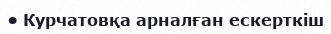
• Курчатовқа арналған ескерткіш